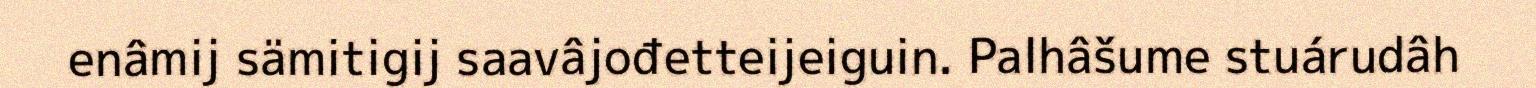
enâmij sämitigij saavâjođetteijeiguin. Palhâšume stuárudâh